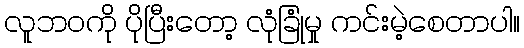
လူဘဝကို ပိုပြီးတော့ လုံခြုံမှု ကင်းမဲ့စေတာပါ။